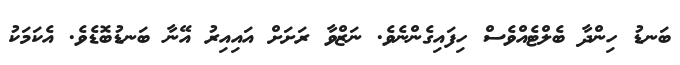
ބަނޑު ހިންދާ ބެލްޓެއްވެސް ހިފައިގެންނެވެ. ނަޒްވާ ރަށަށް އައިއިރު އޭނާ ބަނޑުބޮޑެވެ. އެކަމަކު